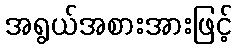
အရွယ်အစားအားဖြင့်